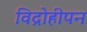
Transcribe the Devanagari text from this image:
विद्रोहीपन